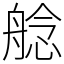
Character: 艌